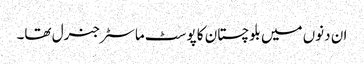
ان دنوں میں بلوچستان کا پوسٹ ماسٹر جنرل تھا۔